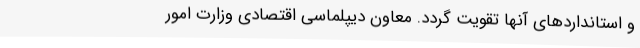
و استانداردهای آنها تقویت گردد. معاون دیپلماسی اقتصادی وزارت امور